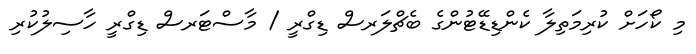
މި ކޯހަށް ކުރިމަތިލާ ކެންޑިޑޭޓުންގެ ބެޗްލަރސް ޑިގްރީ / މާސްޓަރސް ޑިގްރީ ހާސިލުކުރި